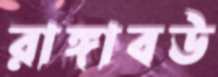
রাঙ্গাবউ